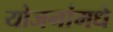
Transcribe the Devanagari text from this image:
योजनांमधे